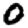
Digit: 0